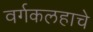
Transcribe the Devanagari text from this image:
वर्गकलहाचे